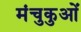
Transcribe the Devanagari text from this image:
मंचुकुओं